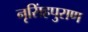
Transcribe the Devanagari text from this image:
नृसिंहपुराण